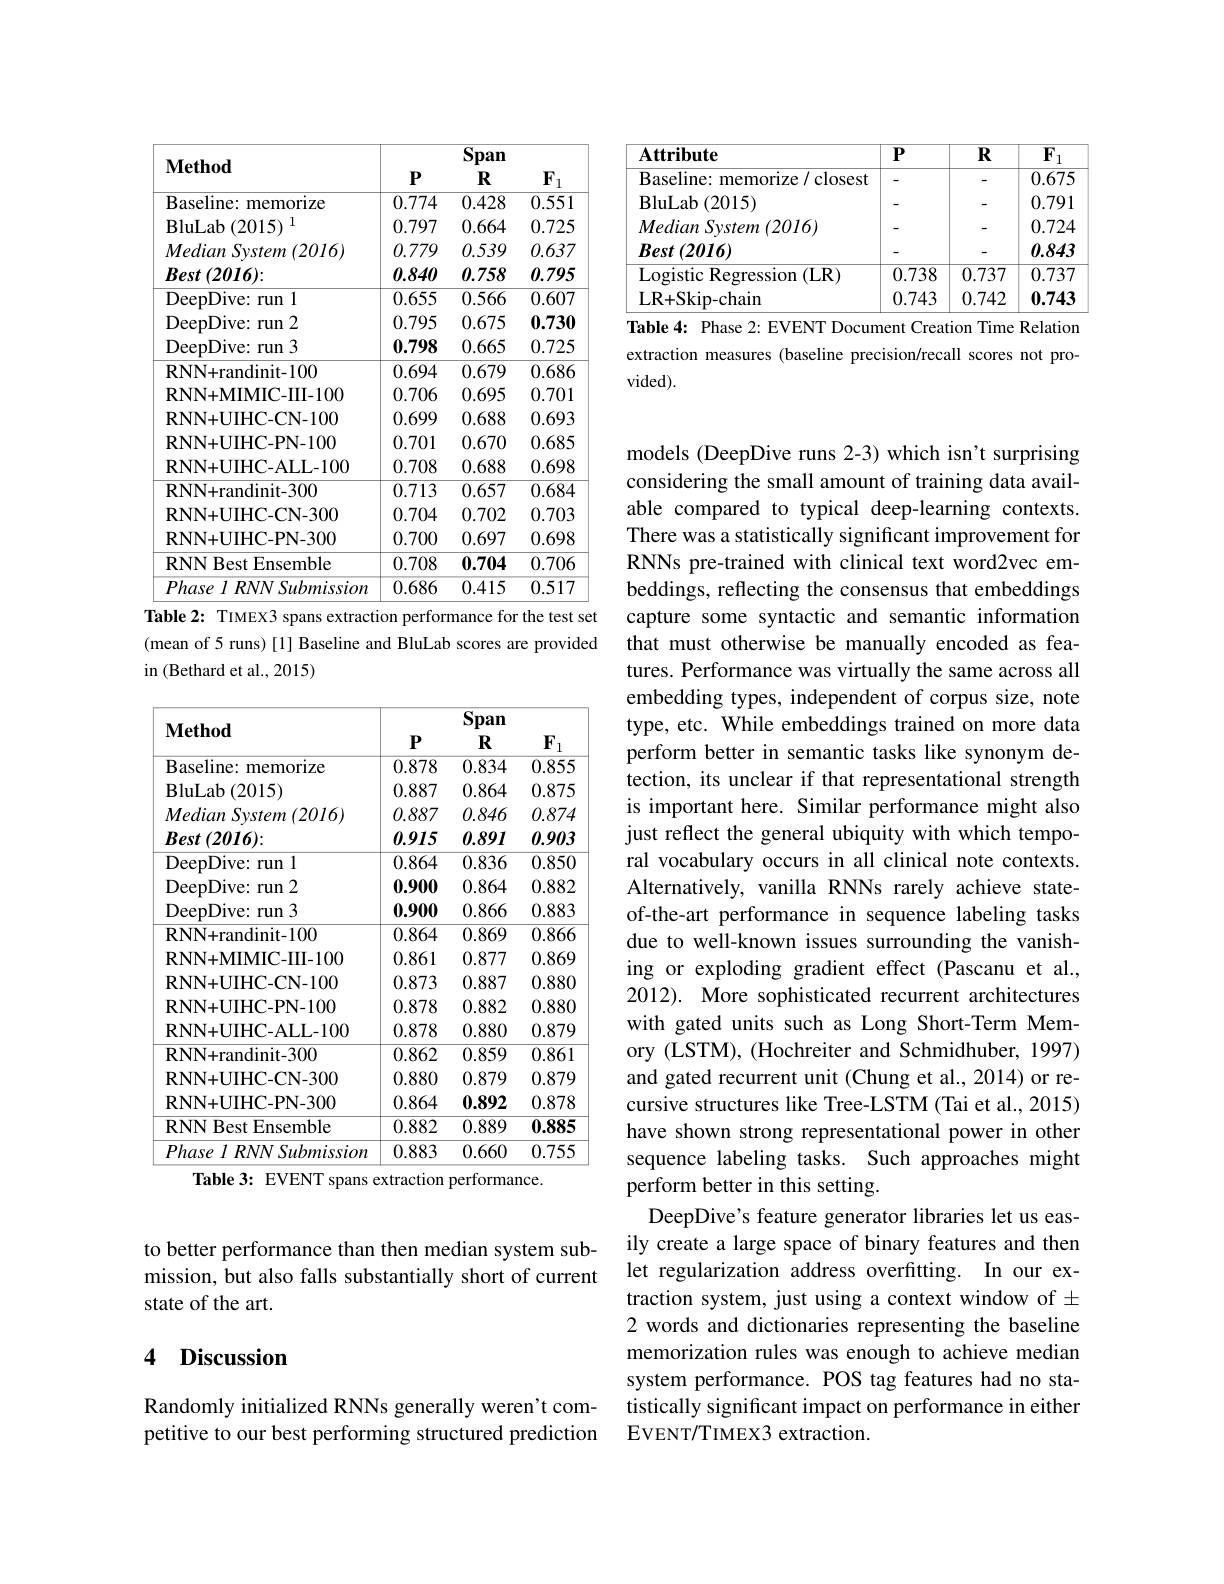
to better performance than then median system submission, but also falls substantially short of current state of the art.

## 4 Discussion

Randomly initialized RNNs generally weren't competitive to our best performing structured prediction

<table>
	<tbody>
		<tr>
			<th>$\mathbf{Method}$</th>
			<th>$P$</th>
			<th>$\overline{\mathrm{Span}}$ $R$</th>
			<th>$F$ 1</th>
		</tr>
		<tr>
			<th>Method</th>
			<th>$P$</th>
			<th>$\mathbf{R}$</th>
			<th>$F$ 1</th>
		</tr>
		<tr>
			<td>Baseline: memorize</td>
			<td>0.774</td>
			<td>0.428</td>
			<td>0.551</td>
		</tr>
		<tr>
			<td>$\operatorname{BluLab}(2015)$ 1</td>
			<td>0.797</td>
			<td>0.664</td>
			<td>0.725</td>
		</tr>
		<tr>
			<td>MedianSvstem $\imath\left(2016\right)$</td>
			<td>0.779</td>
			<td>0.539</td>
			<td>0.637</td>
		</tr>
		<tr>
			<td>$Best\left(2016\right):$</td>
			<td>0.840</td>
			<td>0.758</td>
			<td>0.795</td>
		</tr>
		<tr>
			<td>DeepDive: run 11</td>
			<td>0.655</td>
			<td>$\overline{0.566}$</td>
			<td>0.607</td>
		</tr>
		<tr>
			<td>DeepDive: run 12</td>
			<td>0.795</td>
			<td>0.675</td>
			<td>0.730</td>
		</tr>
		<tr>
			<td>DeepDive: run 13</td>
			<td>0.798</td>
			<td>0.665</td>
			<td>0.725</td>
		</tr>
		<tr>
			<td>RNN+ randinit- 100</td>
			<td>0.694</td>
			<td>0.679</td>
			<td>0.686</td>
		</tr>
		<tr>
			<td>RNN+MIMIC-III-100</td>
			<td>0.706</td>
			<td>0.695</td>
			<td>0.701</td>
		</tr>
		<tr>
			<td>RNN+UIHC-CN-100</td>
			<td>0.699</td>
			<td>0.688</td>
			<td>0.693</td>
		</tr>
		<tr>
			<td>RNN+UIHC-PN-100</td>
			<td>0.701</td>
			<td>0.670</td>
			<td>0.685</td>
		</tr>
		<tr>
			<td>RNN+UIHC-ALL-100</td>
			<td>0.708</td>
			<td>0.688</td>
			<td>0.698</td>
		</tr>
		<tr>
			<td>RNN+ randinit- 300</td>
			<td>0.713</td>
			<td>0.657</td>
			<td>0.684</td>
		</tr>
		<tr>
			<td>RNN+UIHC-CN-300</td>
			<td>0.704</td>
			<td>0.702</td>
			<td>0.703</td>
		</tr>
		<tr>
			<td>$\mathbf{RNN+UIHC-PN-300}$</td>
			<td>0.700</td>
			<td>0.697</td>
			<td>0.698</td>
		</tr>
		<tr>
			<td>RNN Best Ensemble</td>
			<td>0.708</td>
			<td>0.704</td>
			<td>0.706</td>
		</tr>
		<tr>
			<td>$Phase\textit{l RNN Submission}$</td>
			<td>0.686</td>
			<td>0.415</td>
			<td>0.517</td>
		</tr>
	</tbody>
</table>
Table 2: TIMEX3 spans extraction performance for the test set

(mean of 5 runs) [1] Baseline and BluLab scores are provided
in (Bethard et al., 2015)

<table>
	<tbody>
		<tr>
			<th>$\mathbf{Method}$</th>
			<th>$P$</th>
			<th>$\overline{\mathbf{Span}}$ $R$</th>
			<th>$F$ 1</th>
		</tr>
		<tr>
			<th>Method</th>
			<th>$P$</th>
			<th>$R$</th>
			<th>$F$ 1</th>
		</tr>
		<tr>
			<td>Baseline: memorize</td>
			<td>0.878</td>
			<td>0.834</td>
			<td>0.855</td>
		</tr>
		<tr>
			<td>$\operatorname{BluLab}(2015)$</td>
			<td>0.887</td>
			<td>0.864</td>
			<td>0.875</td>
		</tr>
		<tr>
			<td>MedianSvstem $\imath\left(2016\right)$</td>
			<td>0.887</td>
			<td>0.846</td>
			<td>0.874</td>
		</tr>
		<tr>
			<td>$Best\left(2016\right):$</td>
			<td>0.915</td>
			<td>$0.89I$</td>
			<td>0.903</td>
		</tr>
		<tr>
			<td>DeepDive: run 11</td>
			<td>0.864</td>
			<td>0.836</td>
			<td>0.850</td>
		</tr>
		<tr>
			<td>DeepDive: run 2</td>
			<td>0.900</td>
			<td>0.864</td>
			<td>0.882</td>
		</tr>
		<tr>
			<td>DeepDive: run 3</td>
			<td>0.900</td>
			<td>0.866</td>
			<td>0.883</td>
		</tr>
		<tr>
			<td>RNN+ randinit- 100</td>
			<td>0.864</td>
			<td>0.869</td>
			<td>0.866</td>
		</tr>
		<tr>
			<td>RNN+ MIMIC- III- 100</td>
			<td>0.861</td>
			<td>0.877</td>
			<td>0.869</td>
		</tr>
		<tr>
			<td>RNN+UIHC-CN-100</td>
			<td>0.873</td>
			<td>0.887</td>
			<td>0.880</td>
		</tr>
		<tr>
			<td>$\mathbf{RNN+UIHC-PN-100}$</td>
			<td>0.878</td>
			<td>0.882</td>
			<td>0.880</td>
		</tr>
		<tr>
			<td>RNN+ UIHC- ALL- 100</td>
			<td>0.878</td>
			<td>0.880</td>
			<td>0.879</td>
		</tr>
		<tr>
			<td>$\mathbf{RNN+randinit-300}$</td>
			<td>0.862</td>
			<td>0.859</td>
			<td>0.861</td>
		</tr>
		<tr>
			<td>$\mathbf{RNN+UIHC-CN-300}$</td>
			<td>0.880</td>
			<td>0.879</td>
			<td>0.879</td>
		</tr>
		<tr>
			<td>$\mathbf{RNN+UIHC-PN-300}$</td>
			<td>0.864</td>
			<td>0.892</td>
			<td>0.878</td>
		</tr>
		<tr>
			<td>RNN Best Ensemble</td>
			<td>0.882</td>
			<td>0.889</td>
			<td>0.885</td>
		</tr>
		<tr>
			<td>$Phase\textit{l RNN Submission}$</td>
			<td>0.883</td>
			<td>0.660</td>
			<td>0.755</td>
		</tr>
	</tbody>
</table>
Table 3: EVENT spans extraction performance.

<table>
	<tbody>
		<tr>
			<th>$\mathbf{Attribute}$</th>
			<th>$P$</th>
			<th>$R$</th>
			<th>$F$ 1</th>
		</tr>
		<tr>
			<td>Baseline: memorize/ closest</td>
			<td> </td>
			<td>-</td>
			<td>0.675</td>
		</tr>
		<tr>
			<td>$\operatorname{BluLab}(2015)$</td>
			<td>-</td>
			<td>-</td>
			<td>0.791</td>
		</tr>
		<tr>
			<td>MedianSvstem $ı$ (2016)</td>
			<td> </td>
			<td>-</td>
			<td>0.724</td>
		</tr>
		<tr>
			<td>$Best\left(2016\right)$</td>
			<td> </td>
			<td> </td>
			<td>0.843</td>
		</tr>
		<tr>
			<td>Logistic Regression ( LR) </td>
			<td>0.738</td>
			<td>0.737</td>
			<td>0.737</td>
		</tr>
		<tr>
			<td>LR+ Skip- chain</td>
			<td>0.743</td>
			<td>0.742</td>
			<td>0.743</td>
		</tr>
	</tbody>
</table>
Table 4: Phase 2: EVENT Document Creation Time Relation

extraction measures (baseline precision/recall scores not pro-
$vided).$

models (DeepDive runs 2-3) which isn't surprising considering the small amount of training data available compared to typical deep-learning contexts. There was a statistically significant improvement for RNNs pre-trained with clinical text word2vec embeddings, reflecting the consensus that embeddings capture some syntactic and semantic information that must otherwise be manually encoded as features. Performance was virtually the same across all embedding types, independent of corpus size, note type, etc. While embeddings trained on more data perform better in semantic tasks like synonym detection, its unclear if that representational strength is important here. Similar performance might also just reflect the general ubiquity with which temporal vocabulary occurs in all clinical note contexts. Alternatively, vanilla RNNs rarely achieve stateof-the-art performance in sequence labeling tasks due to well-known issues surrounding the vanishing or exploding gradient effect (Pascanu et al., 2012). More sophisticated recurrent architectures with gated units such as Long Short-Term Memory (LSTM), (Hochreiter and Schmidhuber, 1997) and gated recurrent unit (Chung et al., 2014) or recursive structures like Tree-LSTM (Tai et al., 2015) have shown strong representational power in other sequence labeling tasks. Such approaches might perform better in this setting.
DeepDive's feature generator libraries let us easily create a large space of binary features and then let regularization address overfitting. In our extraction system, just using a context window of $\pm$ 2 words and dictionaries representing the baseline memorization rules was enough to achieve median system performance. POS tag features had no statistically significant impact on performance in either EVENT/TIMEX3 extraction.